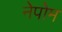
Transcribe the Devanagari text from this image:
नेपोम